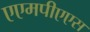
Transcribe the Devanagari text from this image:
एएमपीएएस